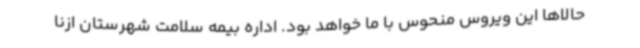
حالاها این ویروس منحوس با ما خواهد بود. اداره بیمه سلامت شهرستان ازنا